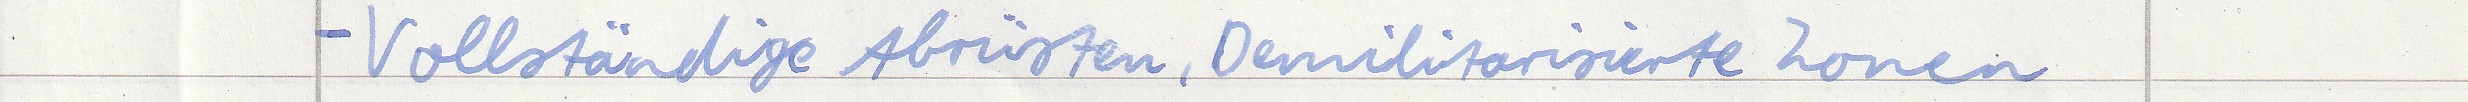
- Vollständige Abrüsten, Demilitarisierte Zonen